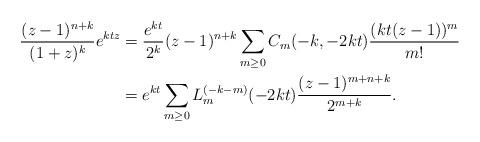
LaTeX: \begin{align*}\frac{(z-1)^{n+k}}{(1+z)^k}e^{ktz} & = \frac{e^{kt}}{2^k} (z-1)^{n+k}\sum_{m \geq 0}C_m(-k,-2kt)\frac{(kt(z-1))^m}{m!}\\& = e^{kt} \sum_{m \geq 0}L_{m}^{(-k-m)}(-2kt)\frac{(z-1)^{m+n+k}}{2^{m+k}}.\end{align*}